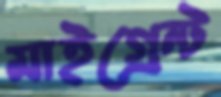
মাইগ্রেন্ট